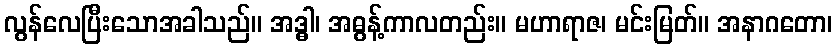
လွန်လေပြီးသောအခါသည်။ အဒ္ဓါ၊ အဓွန့်ကာလတည်း။ မဟာရာဇ၊ မင်းမြတ်။ အနာဂတော၊